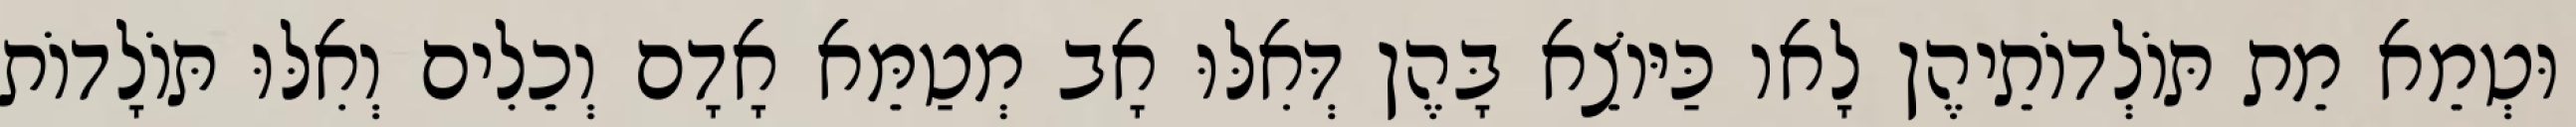
וּטְמֵא מֵת תּוֹלְדוֹתֵיהֶן לָאו כַּיּוֹצֵא בָּהֶן דְּאִלּוּ אָב מְטַמֵּא אָדָם וְכֵלִים וְאִלּוּ תּוֹלָדוֹת